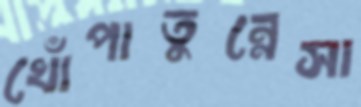
খোঁপাতুন্নেসা